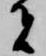
者